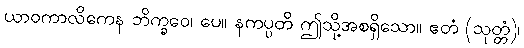
ယာဝကာလိကေန ဘိက္ခဝေ၊ ပေ။ နကပ္ပတိ ဤသို့အစရှိသော။ ဧတံ (သုတ္တံ)၊